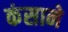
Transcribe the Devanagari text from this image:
कंसाने